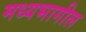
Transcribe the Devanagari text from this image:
मध्यभागील